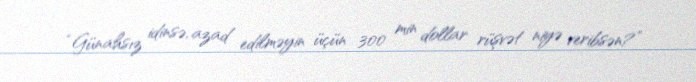
“Günahsız idinsə, azad edilməyin üçün 300 min dollar rüşvət niyə veribsən?”